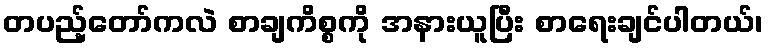
တပည့်တော်ကလဲ စာချကိစ္စကို အနားယူပြီး စာရေးချင်ပါတယ်၊